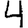
Digit: 4